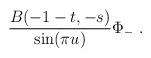
LaTeX: \begin{align*} \frac{B(-1-t,-s)}{ \sin (\pi u) } \Phi_-~.\end{align*}